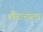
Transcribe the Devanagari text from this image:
सैतानाला